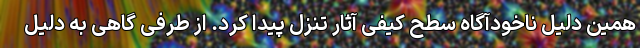
همین دلیل ناخودآگاه سطح کیفی آثار تنزل پیدا کرد. از طرفی گاهی به دلیل